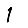
Digit: 1